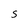
Character: 5